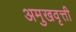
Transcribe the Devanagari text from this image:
अमुखवृत्ती